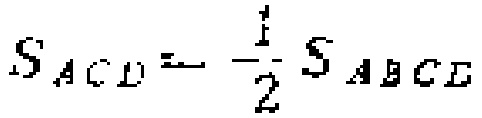
$S_{ACD}=-\frac{1}{2}S_{ABCE}$